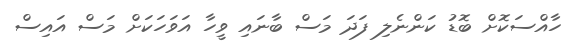
ހާއްސަކޮށް ބޮޑު ކަންނެލި ފަދަ މަސް ބާނައި ވީހާ އަވަހަކަށް މަސް އައިސް